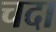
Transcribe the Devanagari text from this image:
चदा